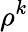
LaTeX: \rho^{k}